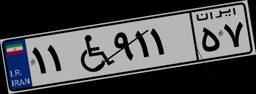
۱۱W۹۱۱۵۷